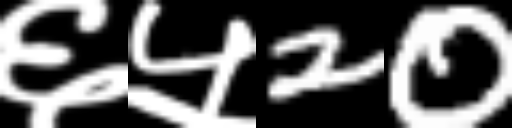
Text: ६५20